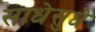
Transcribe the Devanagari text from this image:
साधेसुधे